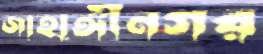
জাহাঙ্গীনগর